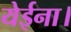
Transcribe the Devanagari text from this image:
येईना।